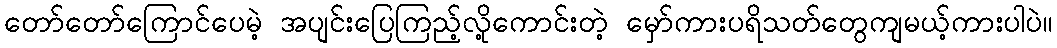
တော်တော်ကြောင်ပေမဲ့ အပျင်းပြေကြည့်လို့ကောင်းတဲ့ မှော်ကားပရိသတ်တွေကျမယ့်ကားပါပဲ။